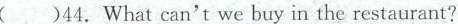
( )44. What can't we buy in the restaurant?